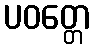
ပဝတ္တေ